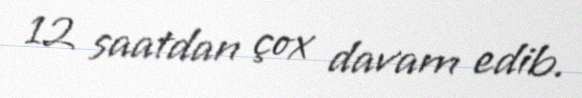
12 saatdan çox davam edib.